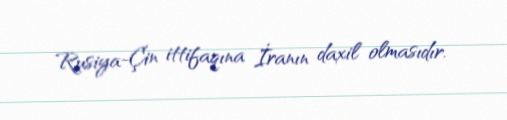
Rusiya-Çin ittifaqına İranın daxil olmasıdır.